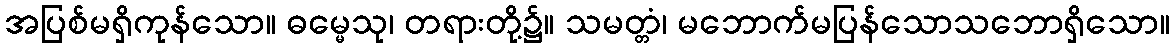
အပြစ်မရှိကုန်သော။ ဓမ္မေသု၊ တရားတို့၌။ သမတ္တံ၊ မဘောက်မပြန်သောသဘောရှိသော။